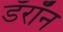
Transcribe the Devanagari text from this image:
डॅरॉन